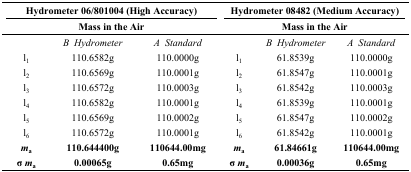
<table><thead><tr><td colspan="3"><b>Hydrometer 06/801004 (High Accuracy)</b></td><td colspan="3"><b>Hydrometer 08482 (Medium Accuracy)</b></td></tr><tr><td colspan="3"><b>Mass in the Air</b></td><td colspan="3"><b>Mass in the Air</b></td></tr></thead><tbody><tr><td>[EMPTY_CELL]</td><td><i>B Hydrometer</i></td><td><i>A Standard</i></td><td>[EMPTY_CELL]</td><td><i>B Hydrometer</i></td><td><i>A Standard</i></td></tr><tr><td>l<sub>1</sub></td><td>110.6582g</td><td>110.0000g</td><td>l<sub>1</sub></td><td>61.8539g</td><td>110.0000g</td></tr><tr><td>l<sub>2</sub></td><td>110.6569g</td><td>110.0001g</td><td>l<sub>2</sub></td><td>61.8547g</td><td>110.0001g</td></tr><tr><td>l<sub>3</sub></td><td>110.6572g</td><td>110.0003g</td><td>l<sub>3</sub></td><td>61.8542g</td><td>110.0003g</td></tr><tr><td>l<sub>4</sub></td><td>110.6582g</td><td>110.0001g</td><td>l<sub>4</sub></td><td>61.8539g</td><td>110.0001g</td></tr><tr><td>l<sub>5</sub></td><td>110.6569g</td><td>110.0002g</td><td>l<sub>5</sub></td><td>61.8547g</td><td>110.0002g</td></tr><tr><td>l<sub>6</sub></td><td>110.6572g</td><td>110.0001g</td><td>l<sub>6</sub></td><td>61.8542g</td><td>110.0001g</td></tr><tr><td><b><i>m</i><sub>a</sub></b></td><td><b>110.644400g</b></td><td><b>110644.00mg</b></td><td><b><i>m</i><sub>a</sub></b></td><td><b>61.84661g</b></td><td><b>110644.00mg</b></td></tr><tr><td><b>σ <i>m</i><sub>a</sub></b></td><td><b>0.00065g</b></td><td><b>0.65mg</b></td><td><b>σ <i>m</i><sub>a</sub></b></td><td><b>0.00036g</b></td><td><b>0.65mg</b></td></tr></tbody></table>